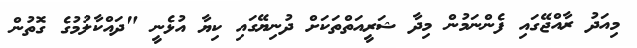
މިއަދު ރާއްޖޭގައި ފެންނަމުން މިދާ ޝަރީއަތްތަކަށް ދުނިޔޭގައި ކިޔާ އުޅެނީ "ދައްކާލުމުގެ ގޮތުން